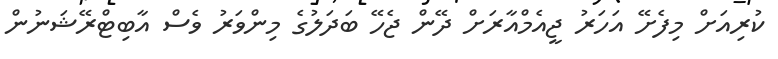
ކުރިއަށް މިފެށޭ އަހަރު ޖީއެމްއާރަށް ދޭން ޖެހޭ ބަދަލުގެ މިންވަރު ވެސް އާބިޓްރޭޝަނުން